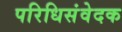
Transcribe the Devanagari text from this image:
परिधिसंवेदक